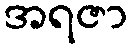
အရဇာ